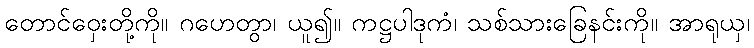
တောင်ဝှေးတို့ကို။ ဂဟေတွာ၊ ယူ၍။ ကဋ္ဌပါဒုကံ၊ သစ်သားခြေနင်းကို။ အာရုယှ၊